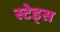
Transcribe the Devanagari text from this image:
स्टेड्स